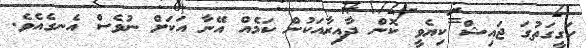
ހަގީގަތުގަ ޖައިޝް ކިޔެވީ ކޮން ދާއިރާއަކުން ކަމެއް އޭނާ އަކަށް ނުވެސް އެނގެއެވެ.